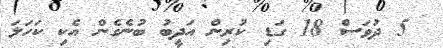
5 ދުވަސް 18 ގަޑި ކުރިން އަދީބު ބުނެގެން އެކި ކަހަލަ